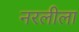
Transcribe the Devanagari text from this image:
नरलीला